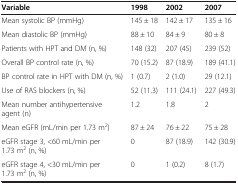
<table><thead><tr><td><b>Variable</b></td><td><b>1998</b></td><td><b>2002</b></td><td><b>2007</b></td></tr></thead><tbody><tr><td>Mean systolic BP (mmHg)</td><td>145 ± 18</td><td>142 ± 17</td><td>135 ± 16</td></tr><tr><td>Mean diastolic BP (mmHg)</td><td>88 ± 10</td><td>84 ± 9</td><td>80 ± 8</td></tr><tr><td>Patients with HPT and DM (n, %)</td><td>148 (32)</td><td>207 (45)</td><td>239 (52)</td></tr><tr><td>Overall BP control rate (n, %)</td><td>70 (15.2)</td><td>87 (18.9)</td><td>189 (41.1)</td></tr><tr><td>BP control rate in HPT with DM (n, %)</td><td>1 (0.7)</td><td>2 (1.0)</td><td>29 (12.1)</td></tr><tr><td>Use of RAS blockers (n, %)</td><td>52 (11.3)</td><td>111 (24.1)</td><td>227 (49.3)</td></tr><tr><td>Mean number antihypertensive agent (n)</td><td>1.2</td><td>1.8</td><td>2</td></tr><tr><td>Mean eGFR (mL/min per 1.73 m<sup>2</sup>)</td><td>87 ± 24</td><td>76 ± 22</td><td>75 ± 28</td></tr><tr><td>eGFR stage 3, &lt;60 mL/min per 1.73 m<sup>2</sup> (n, %)</td><td>0</td><td>87 (18.9)</td><td>142 (30.9)</td></tr><tr><td>eGFR stage 4, &lt;30 mL/min per 1.73 m<sup>2</sup> (n, %)</td><td>0</td><td>1 (0.2)</td><td>8 (1.7)</td></tr></tbody></table>